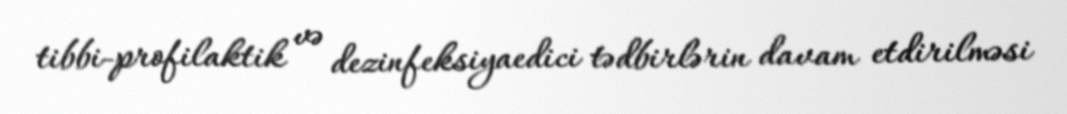
tibbi-profilaktik və dezinfeksiyaedici tədbirlərin davam etdirilməsi